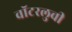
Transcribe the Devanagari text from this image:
वॉटरलुची